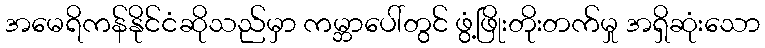
အမေရိကန်နိုင်ငံဆိုသည်မှာ ကမ္ဘာပေါ်တွင် ဖွံ့ဖြိုးတိုးတက်မှု အရှိဆုံးသော